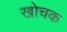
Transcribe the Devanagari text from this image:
खोचक